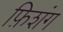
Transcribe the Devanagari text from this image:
फ़िशंग